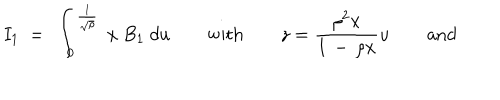
I _ { 1 } \ = \ \int _ { 0 } ^ { \frac { 1 } { \sqrt { \rho } } } \ x \ B _ { 1 } \ d u \qquad \mathrm { w i t h } \qquad { \displaystyle z = { \frac { \rho ^ { 2 } x } { 1 \, - \, \rho x } } u } \qquad \mathrm { a n d }